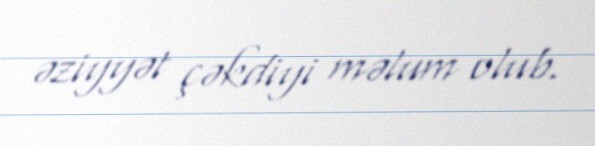
əziyyət çəkdiyi məlum olub.